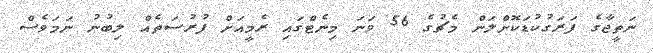
ނަތީޖާގެ ފަރަގުކުޑަކޮށްލަން މެޗުގެ 56 ވަނަ މިނެޓްގައި ރެމީއަށް ފުރުސަތެއް ލިބުނު ނަމަވެސް